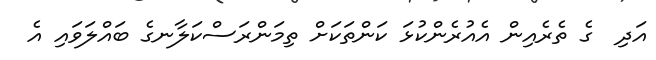
އަދި  ގެ ތެރެއިން އެއުރެންކުޅަ ކަންތަކަށް ތިމަންރަސްކަލާނގެ ބައްލަވައި އެ